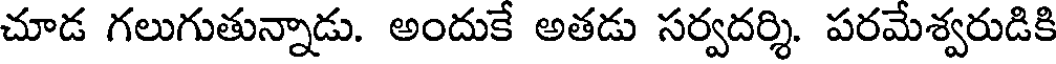
చూడ గలుగుతున్నాడు. అందుకే అతడు సర్వదర్శి. పరమేశ్వరుడికి